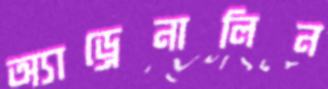
অ্যাড্রেনালিন